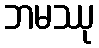
ဘမဿု